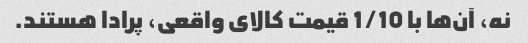
نه، آن‌ها با 1/10 قیمت کالای واقعی، پرادا هستند.